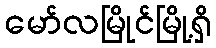
မော်လမြိုင်မြို့ရှိ